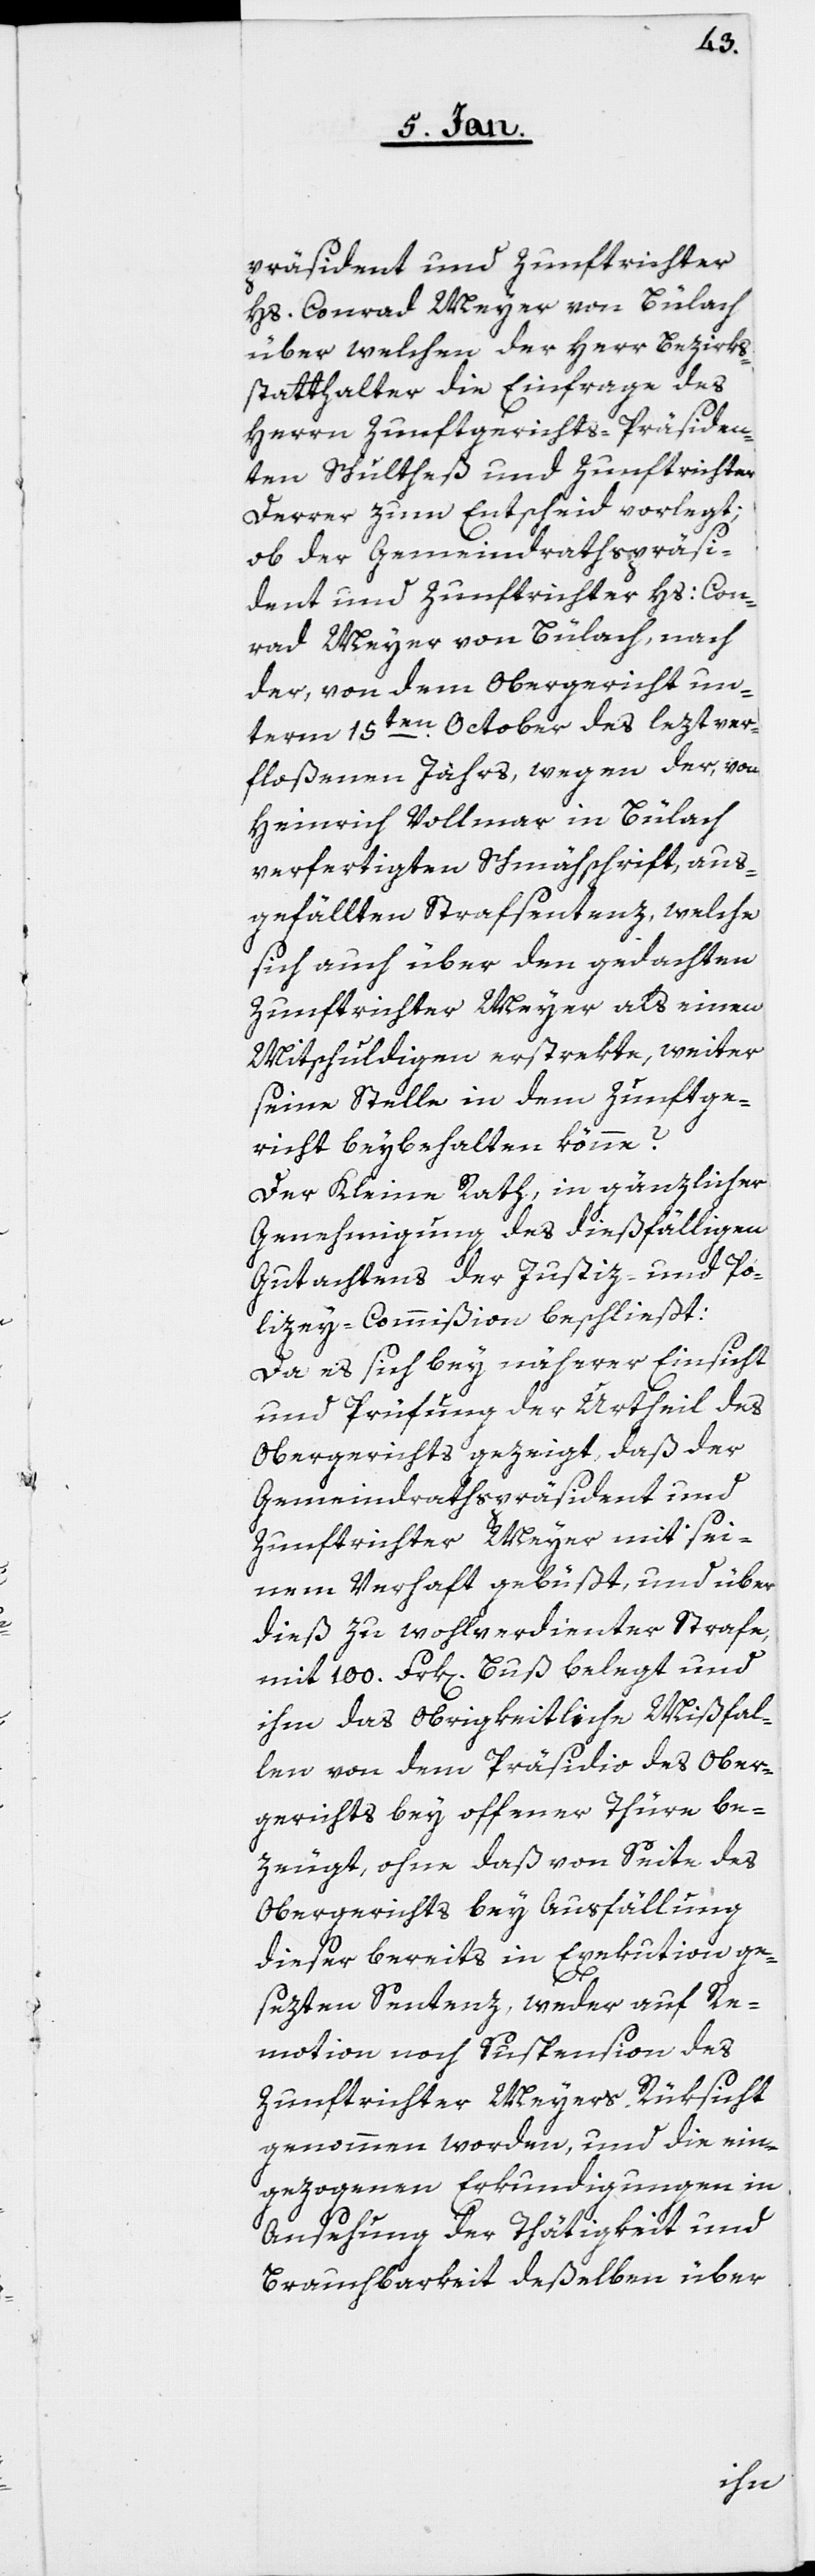
präsident und Zunftrichter
Hs. Conrad Meyer von Bülach,
über welchen der Herr Bezirks¬
statthalter die Einfrage des
Herrn Zunftgerichts-Präsiden¬
ten Schultheß und Zunftrichter
Derrer zum Entscheid vorlegt;
ob der Gemeindrathspräsi¬
dent und Zunftrichter Hs: Con¬
rad Meyer von Bülach, nach
der, von dem Obergericht un¬
term 15ten. October des lezt ver¬
floßenen Jahrs, wegen der, von
Heinrich Vollmar in Bülach
verfertigten Schmähschrift, aus¬
gefällten Strafsentenz, welche
sich auch über den gedachten
Zunftrichter Meyer als einen
Mitschuldigen erstrekte, weiter
seine Stelle in dem Zunftge¬
richt beybehalten könne?
Der Kleine Rath, in gänzlicher
Genehmigung des dießfälligen
Gutachtens der Justiz- und Po¬
lizey-Commißion beschließt:
Da es sich bey näherer Einsicht
und Prüfung der Urtheil des
Obergerichts gezeigt, daß der
Gemeindrathspräsident und
Zunftrichter Meyer mit sei¬
nem Verhaft gebüßt, und über
dieß zu wohlverdienter Strafe,
mit 100. Frk[en]. Buß belegt und
ihm das obrigkeitliche Mißfal¬
len von dem Präsidio des Ober¬
gerichts bey offener Thüre be¬
zeugt, ohne daß von Seite des
Obergerichts bey Ausfällung
dieser bereits in Exekution ge¬
sezten Sentenz, weder auf Re¬
motion noch Suspension des
Zunftrichter Meyers Rüksicht
genommen worden, und die ein¬
gezogenen Erkundigungen in
Ansehung der Thätigkeit und
Brauchbarkeit deßelben über